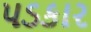
પડકાર